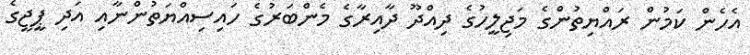
އެހެން ކަމުން ރައްޔިތުންގެ މަޖިލީހުގެ ދިއްދޫ ދާއިރާގެ މެންބަރުގެ ހައިސިއްޔަތުންނާއި އަދި ޕީޖީގެ